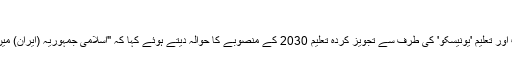
"
خامنہ ای نے اقوام متحدہ کی تنظیم برائے سائنس ثقافت اور تعلیم 'یونیسکو' کی طرف سے تجویز کردہ تعلیم 2030 کے منصوبے کا حوالہ دیتے ہوئے کہا کہ "اسلامی جمہوریہ (ایران) میں ایسی دستاویز کو قبول کرنے کا کوئی جواز نہیں ہے۔